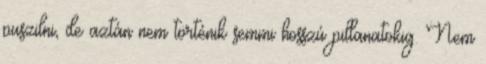
puszilni, de aztán nem történik semmi hosszú pillanatokig. Nem